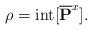
LaTeX: \begin{align*} \rho = {\rm int}[ \overline{\mathbf{P}}^{x}].\end{align*}